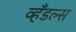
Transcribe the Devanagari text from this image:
व्हँडल्स